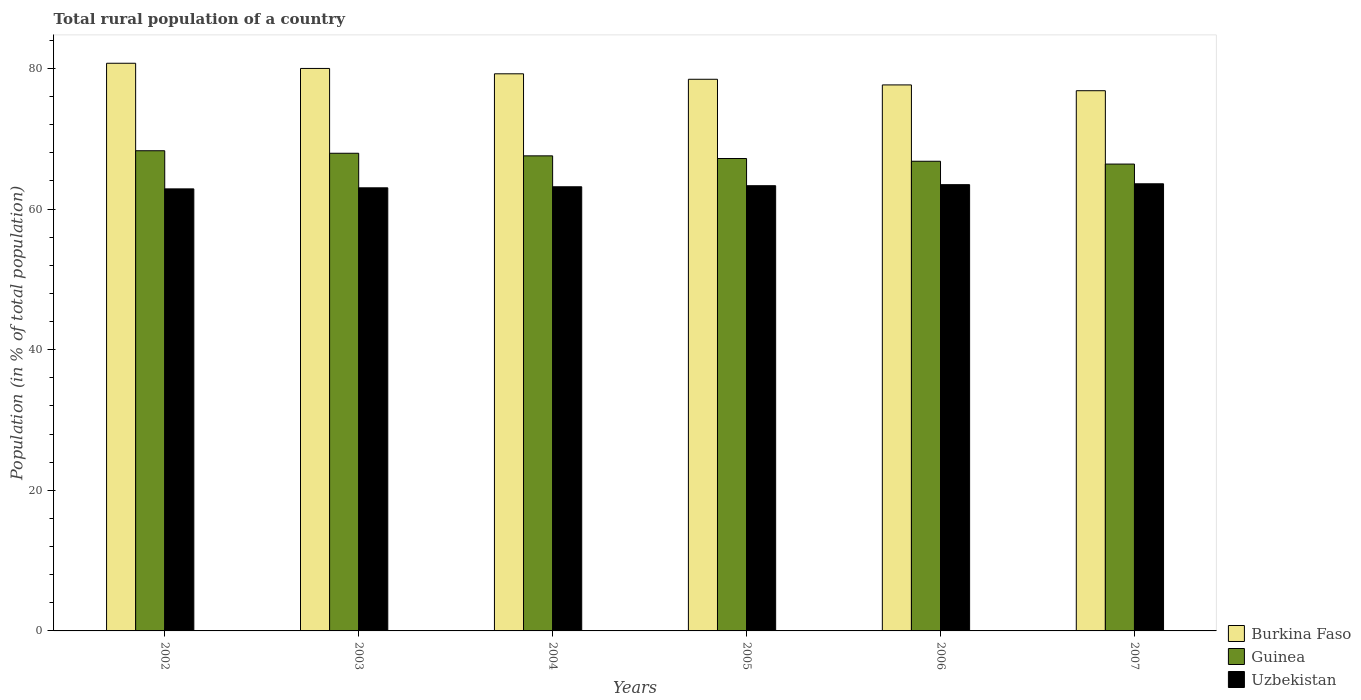
| Years | Burkina Faso | Guinea | Uzbekistan |
 | --- | --- | --- | --- |
 | 2002 | 80.7 | 68.3 | 62.9 |
 | 2003 | 80 | 67.9 | 63 |
 | 2004 | 79.2 | 67.6 | 63.2 |
 | 2005 | 78.5 | 67.2 | 63.3 |
 | 2006 | 77.7 | 66.8 | 63.5 |
 | 2007 | 76.8 | 66.4 | 63.6 |